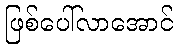
ဖြစ်ပေါ်လာအောင်